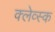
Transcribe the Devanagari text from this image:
क्लेव्स्क